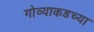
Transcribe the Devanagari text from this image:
गोव्याकडच्या